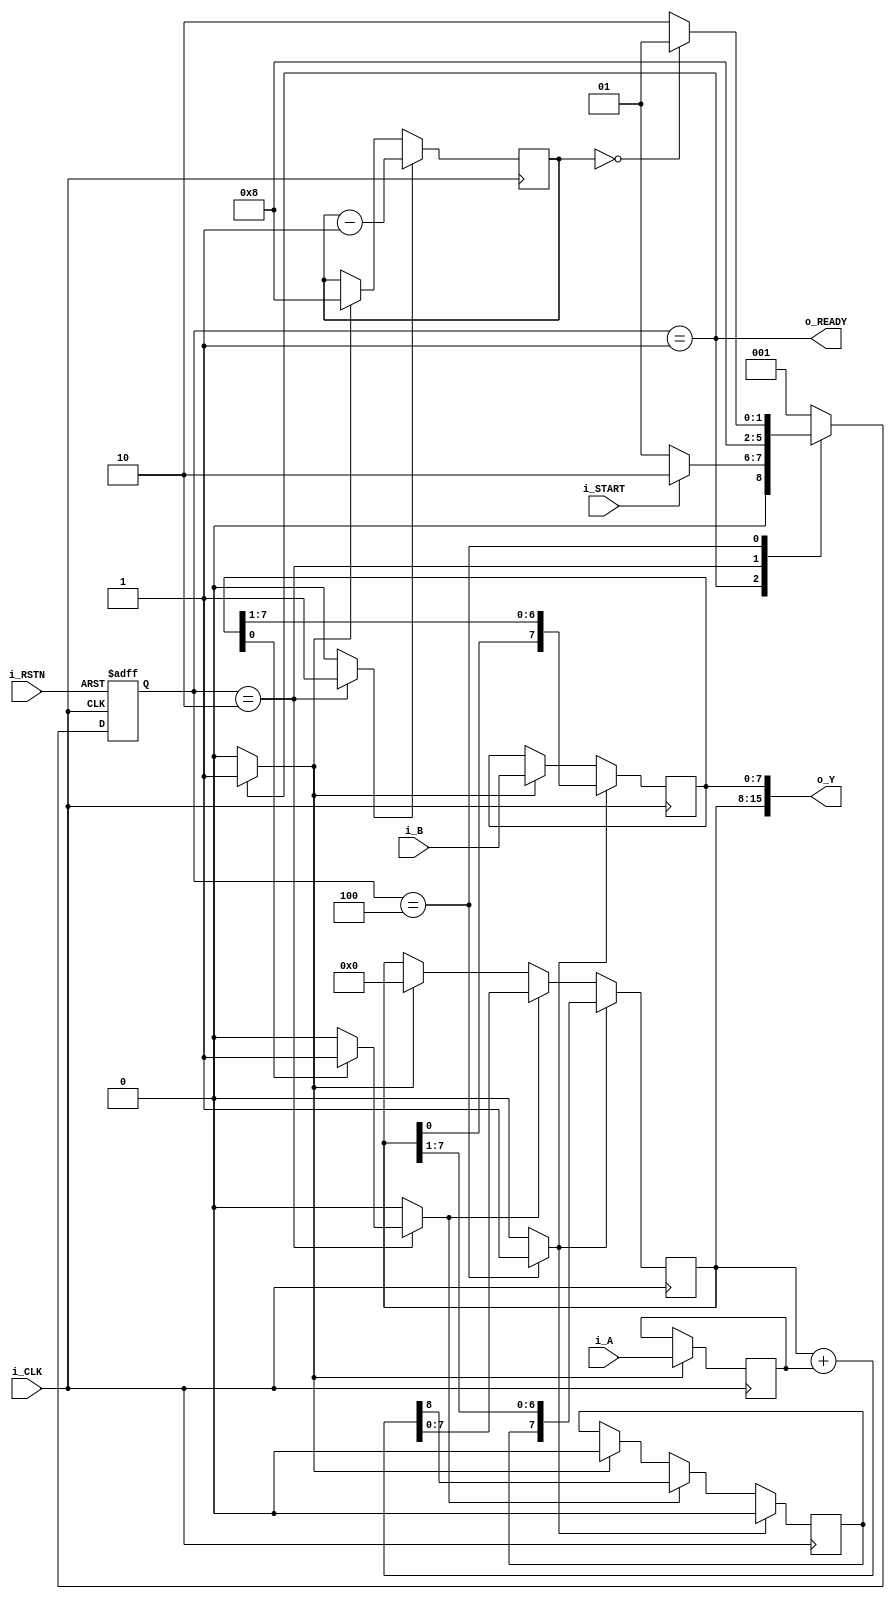
module sequential_multiplier_temp (
  input [7:0] i_A, // Multiplicand
  input [7:0] i_B, // Multiplier
  input i_START,
  output [15:0] o_Y, // Product
  output o_READY,
  input i_CLK,
  input i_RSTN
  );

  parameter ST_IDLE = 3'b001;
  parameter ST_ADD = 3'b010;
  parameter ST_SHIFT = 3'b100;

  reg [2:0] r_pstate;
  reg [2:0] r_nstate;

  reg [7:0] r_A; //multiplicand
  reg [7:0] r_B; // multiplier
  reg [7:0] r_Q;
  reg r_carry_out;
  reg [3:0] r_counter;
  reg r_load;
  reg r_decr;
  reg r_add;
  reg r_shift;

  //combi logic

  assign o_Y = {r_Q, r_B};

  wire w_is_zero;
  assign w_is_zero = (r_counter == 0);
  assign o_READY = (r_pstate == ST_IDLE);

  // control unit
  always @ ( posedge i_CLK, negedge i_RSTN ) begin
    if(!i_RSTN) r_pstate <= ST_IDLE;
    else r_pstate <= r_nstate;
  end

  always @ ( r_pstate, i_START, r_B[0], w_is_zero ) begin
    r_nstate <= ST_IDLE;
    r_load <= 1'b0;
    r_decr <= 1'b0;
    r_add <= 1'b0;
    r_shift <= 1'b0;
    case (r_pstate)
      ST_IDLE:
      begin
        r_load <= 1'b1;
        if(i_START) r_nstate <= ST_ADD;
      end

      ST_ADD:
      begin
        r_nstate <= ST_SHIFT;
        r_decr <= 1'b1;
        if(r_B[0]) r_add <= 1'b1;
      end

      ST_SHIFT:
      begin
        r_shift <= 1'b1;
        if(w_is_zero) r_nstate <= ST_IDLE;
        else r_nstate <= ST_ADD;
      end

      default:
      begin
        r_nstate <= ST_IDLE;
      end
    endcase
  end

  // datapath unit

  always @ ( posedge i_CLK ) begin
    if(r_load) begin
      r_counter <= 4'b1000;
      r_A <= i_A;
      r_B <= i_B;
      r_Q <= 8'b0;
      r_carry_out <= 1'b0;
    end
    if(r_add) {r_carry_out, r_Q} <= r_Q + r_A;
    if(r_shift) {r_carry_out, r_Q, r_B} <= {r_carry_out, r_Q, r_B} >> 1;
    if(r_decr) r_counter <= r_counter - 1;
  end



endmodule // sequential_multiplier_temp